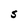
Character: S